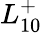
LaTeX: L_{10}^{+}